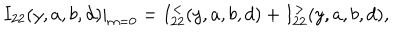
I _ { 2 2 } ( y , a , b , d ) | _ { m = 0 } = I _ { 2 2 } ^ { < } ( y , a , b , d ) + I _ { 2 2 } ^ { > } ( y , a , b , d ) ,